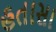
હતાસા